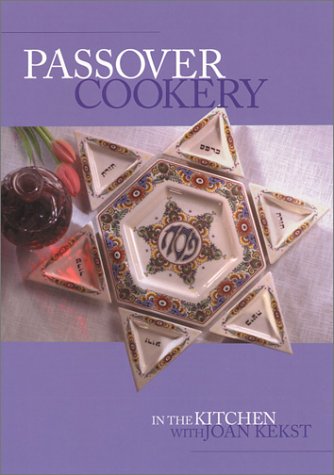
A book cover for Passover Cookery : In the Kitchen with Joan Kekst; Joan Kekst; Cookbooks, Food & Wine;